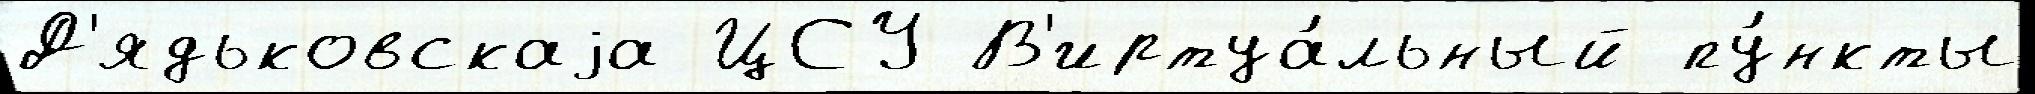
Д'ядьковскаjа ЦСУ В'иртуа́льный пу́нкты